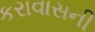
કરાવાસની